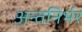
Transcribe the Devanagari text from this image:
अन्तनिर्भर